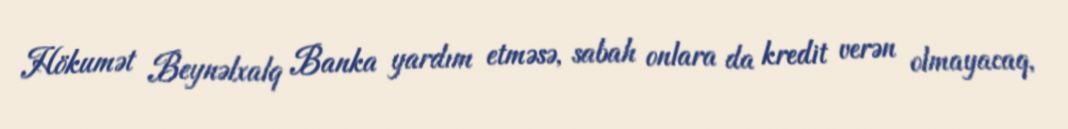
Hökumət Beynəlxalq Banka yardım etməsə, sabah onlara da kredit verən olmayacaq,